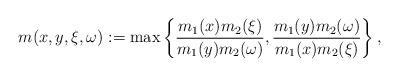
LaTeX: \begin{align*} m(x,y,\xi,\omega) := \max \left\{\frac{m_1(x)m_2(\xi)}{m_1(y)m_2(\omega)},\frac{m_1(y)m_2(\omega)}{m_1(x)m_2(\xi)}\right\}, \end{align*}